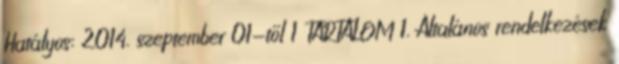
Hatályos: 2014. szeptember 01-től 1 TARTALOM 1. Általános rendelkezések